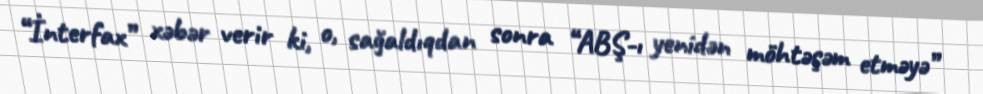
“İnterfax” xəbər verir ki, o, sağaldıqdan sonra “ABŞ-ı yenidən möhtəşəm etməyə”